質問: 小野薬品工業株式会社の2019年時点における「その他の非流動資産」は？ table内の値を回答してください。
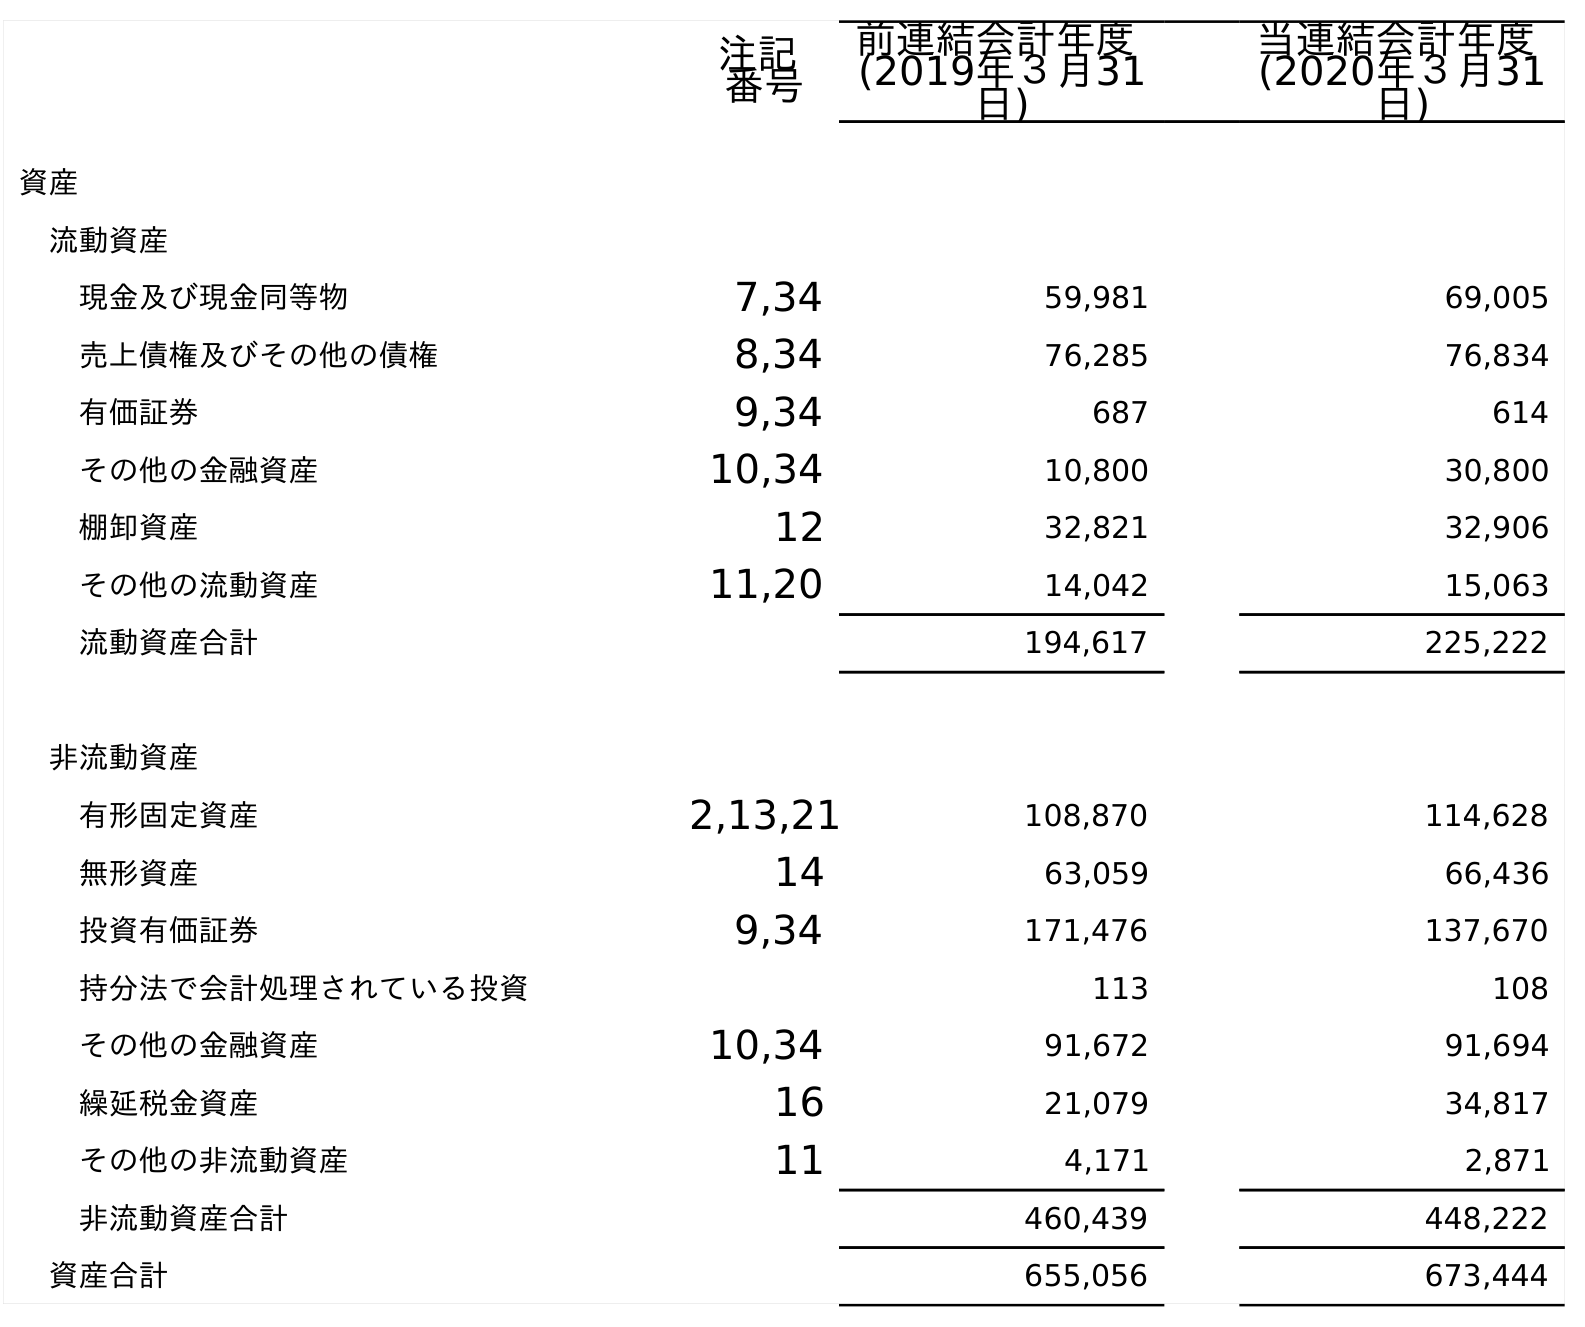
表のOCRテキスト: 注記 番号 前連結会計年度 (2019年３月31 日) 当連結会計年度 (2020年３月31 日) 資産 流動資産 現金及び現金同等物 7,34 59,981 69,005 売上債権及びその他の債権 8,34 76,285 76,834 有価証券 9,34 687 614 その他の金融資産 10,34 10,800 30,800 棚卸資産 12 32,821 32,906 その他の流動資産 11,20 14,042 15,063 流動資産合計 194,617 225,222 非流動資産 有形固定資産 2,13,21 108,870 114,628 無形資産 14 63,059 66,436 投資有価証券 9,34 171,476 137,670 持分法で会計処理されている投資 113 108 その他の金融資産 10,34 91,672 91,694 繰延税金資産 16 21,079 34,817 その他の非流動資産 11 4,171 2,871 非流動資産合計 460,439 448,222 資産合計 655,056 673,444
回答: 4,171